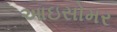
આઇસોમર